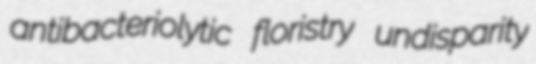
antibacteriolytic floristry undisparity